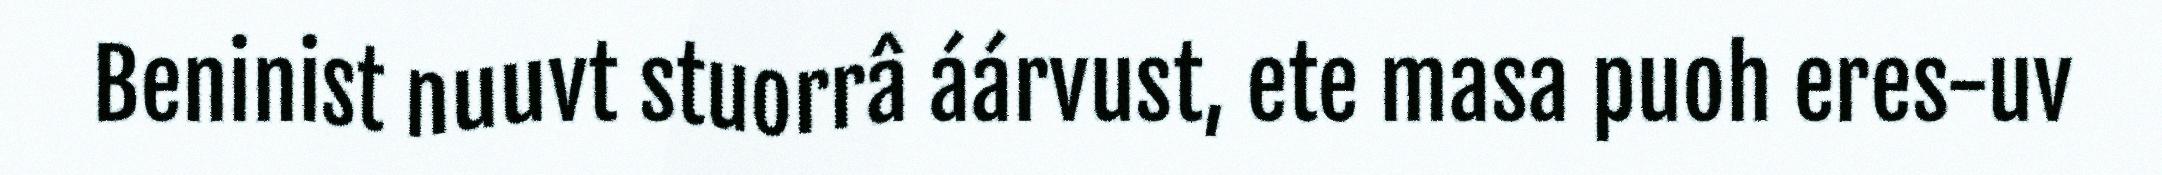
Beninist nuuvt stuorrâ áárvust, ete masa puoh eres-uv